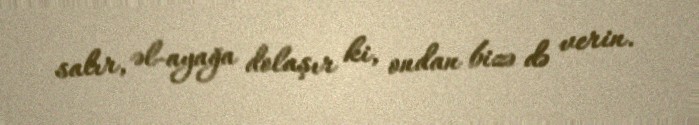
salır, əl-ayağa dolaşır ki, ondan bizə də verin.